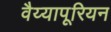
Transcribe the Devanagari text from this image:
वैय्यापूरियन